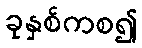
ခုနှစ်ကစ၍